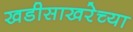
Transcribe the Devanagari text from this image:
खडीसाखरेच्या